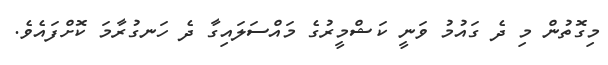
މިގޮތުން މި ދެ ގައުމު ވަނީ ކަޝްމީރުގެ މައްސަލައިގާ ދެ ހަނގުރާމަ ކޮށްފައެވެ.